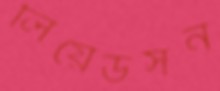
লিয়েডসন